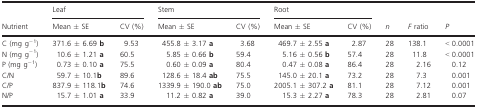
| <ROWSPAN=2> Nutrient | <COLSPAN=2> Leaf | <COLSPAN=2> Stem | <COLSPAN=2> Root | <ROWSPAN=2> n | <ROWSPAN=2> F ratio | <ROWSPAN=2> P |
 | Mean ± SE | CV (%) | Mean ± SE | CV (%) | Mean ± SE | CV (%) |
 | --- | --- | --- | --- | --- | --- | --- | --- | --- | --- |
 | C (mg g−1) | 371.6 ± 6.69 b | 9.53 | 455.8 ± 3.17 a | 3.68 | 469.7 ± 2.55 a | 2.87 | 28 | 138.1 | < 0.0001 |
 | N (mg g−1) | 10.6 ± 1.21 a | 60.5 | 5.85 ± 0.66 b | 59.4 | 5.16 ± 0.56 b | 57.4 | 28 | 11.8 | < 0.0001 |
 | P (mg g−1) | 0.73 ± 0.10 a | 75.5 | 0.60 ± 0.09 a | 80.4 | 0.47 ± 0.08 a | 86.4 | 28 | 2.16 | 0.12 |
 | C/N | 59.7 ± 10.1b | 89.6 | 128.6 ± 18.4 ab | 75.5 | 145.0 ± 20.1 a | 73.2 | 28 | 7.3 | 0.001 |
 | C/P | 837.9 ± 118.1b | 74.6 | 1339.9 ± 190.0 ab | 75.0 | 2005.1 ± 307.2 a | 81.1 | 28 | 7.12 | 0.001 |
 | N/P | 15.7 ± 1.01 a | 33.9 | 11.2 ± 0.82 a | 39.0 | 15.3 ± 2.27 a | 78.3 | 28 | 2.81 | 0.07 |